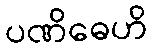
ပဏိဓေဟိ